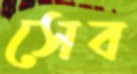
সেব